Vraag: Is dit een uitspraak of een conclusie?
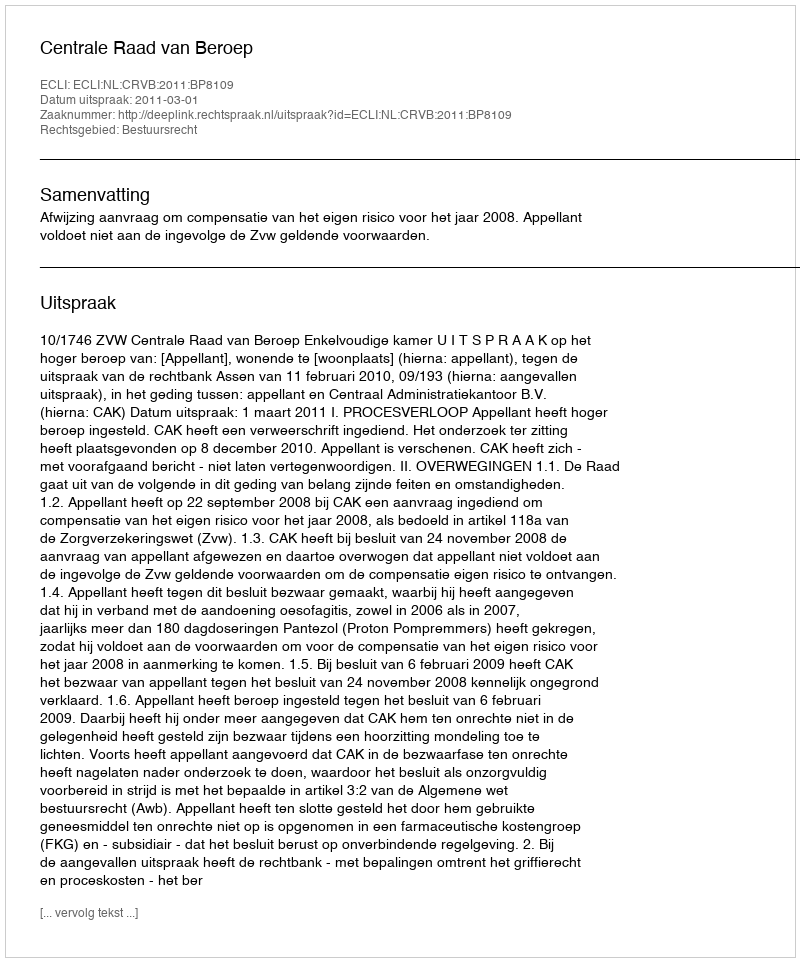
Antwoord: Uitspraak